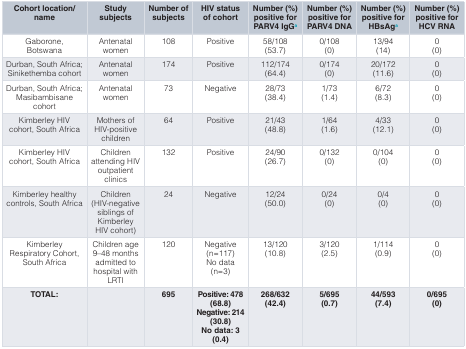
<table><thead><tr><td><b>Cohort location/name</b></td><td><b>Studysubjects</b></td><td><b>Number ofsubjects</b></td><td><b>HIV statusof cohort</b></td><td><b>Number (%)positive forPARV4 IgGa</b></td><td><b>Number (%)positive forPARV4 DNA</b></td><td><b>Number (%)positive forHBsAga</b></td><td><b>Number (%)positive forHCV RNA</b></td></tr></thead><tbody><tr><td>Gaborone,Botswana</td><td>Antenatalwomen</td><td>108</td><td>Positive</td><td>58/108(53.7)</td><td>0/108(0)</td><td>13/94 (14)</td><td>0(0)</td></tr><tr><td>Durban, South Africa;Sinikethemba cohort </td><td>Antenatalwomen</td><td>174</td><td>Positive</td><td>112/174(64.4)</td><td>0/174(0)</td><td>20/172 (11.6)</td><td>0(0)</td></tr><tr><td>Durban, South Africa;Masibambisanecohort</td><td>Antenatalwomen</td><td>73</td><td>Negative</td><td>28/73(38.4)</td><td>1/73(1.4)</td><td>6/72(8.3)</td><td>0(0)</td></tr><tr><td>Kimberley HIVcohort, South Africa</td><td>Mothers ofHIV-positivechildren</td><td>64</td><td>Positive</td><td>21/43(48.8)</td><td>1/64(1.6)</td><td>4/33(12.1)</td><td>0(0)</td></tr><tr><td>Kimberley HIVcohort, South Africa</td><td>Childrenattending HIVoutpatientclinics</td><td>132</td><td>Positive</td><td>24/90(26.7)</td><td>0/132(0)</td><td>0/104(0)</td><td>0(0)</td></tr><tr><td>Kimberley healthycontrols, South Africa</td><td>Children(HIV-negativesiblings ofKimberleyHIV cohort)</td><td>24</td><td>Negative</td><td>12/24(50.0)</td><td>0/24(0)</td><td>0/4(0)</td><td>0(0)</td></tr><tr><td>KimberleyRespiratory Cohort,South Africa</td><td>Children age9–48 monthsadmitted tohospital withLRTI</td><td>120</td><td>Negative(n=117)No data(n=3)</td><td>13/120(10.8)</td><td>3/120(2.5)</td><td>1/114(0.9)</td><td>0(0)</td></tr><tr><td><b>TOTAL:</b></td><td></td><td><b>695</b></td><td><b>Positive: 478</b><b>(68.8)</b><b>Negative: 214</b><b>(30.8)</b><b>No data: 3</b><b>(0.4)</b></td><td><b>268/632</b><b>(42.4)</b></td><td><b>5/695</b><b>(0.7)</b></td><td><b>44/593</b><b>(7.4)</b></td><td><b>0/695</b><b>(0)</b></td></tr></tbody></table>